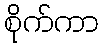
စိုက်ကာ